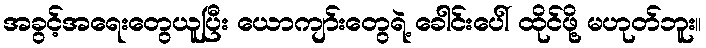
အခွင့်အရေးတွေယူပြီး ယောကျာ်းတွေရဲ့ ခေါင်းပေါ် ထိုင်ဖို့ မဟုတ်ဘူး။